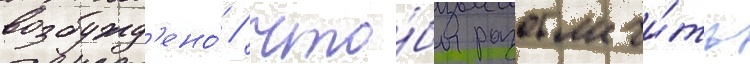
возбужд'ено́ / что́бы разоблачи́ть